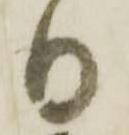
日